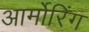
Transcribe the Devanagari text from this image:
आर्मोरिंग